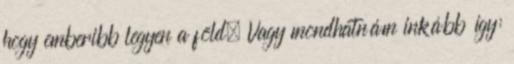
hogy emberibb legyen a föld. Vagy mondhatnám inkább így: